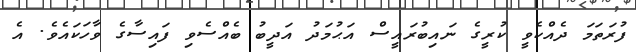
ފުރަތަމަ ދެއްކެވީ ކުރީގެ ނައިބުރައީސް އަޙުމަދު އަދީބު ބެއްސެވި ފައިސާގެ ވާހަކައެވެ. އެ